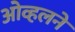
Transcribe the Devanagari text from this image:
ओव्हलने